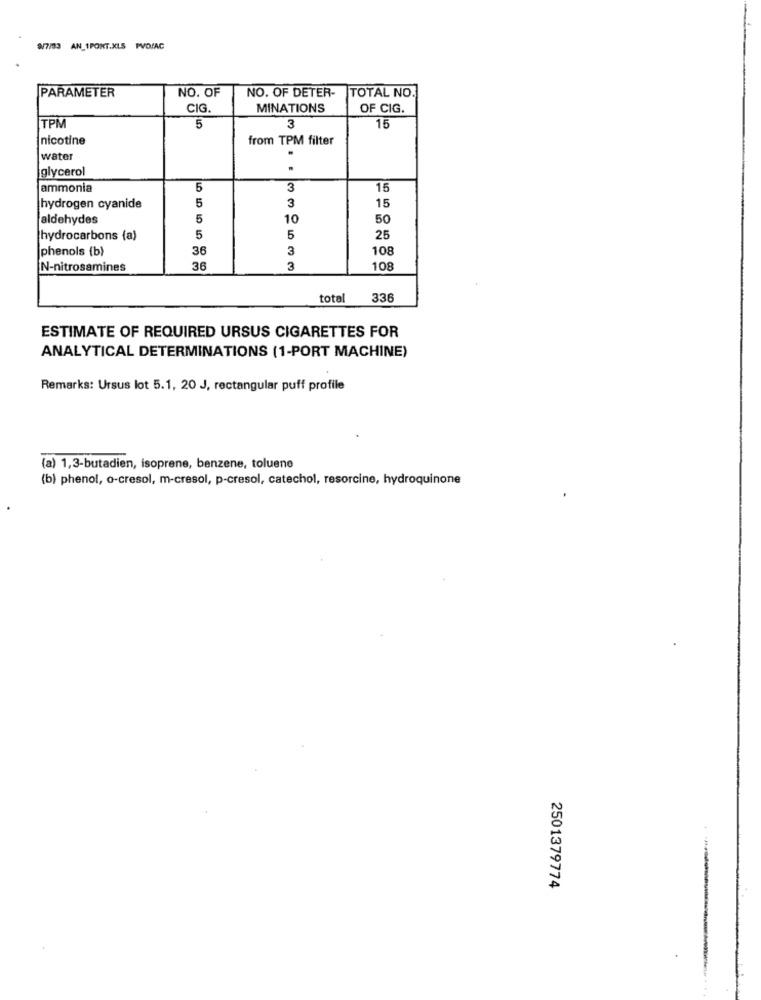
9/7/33 AN_1PONT.XLS PVOIAC
PARAMETER
NO. OF
NO. OF DETER-
TOTAL NO
CIG.
MINATIONS
OF CIG.
TPM
5
3
15
nicotine
from TPM filter
water
glycerol
.
ammonia
5
3
15
5
3
hydrogen cyanide
15
aldehydes
5
10
50
hydrocarbons (a)
5
5
25
phenols (b)
36
3
10
N-nitrosamines
36
3
108
total
336
ESTIMATE OF REQUIRED URSUS CIGARETTES FOR
ANALYTICAL DETERMINATIONS (1-PORT MACHINE)
Remarks: Ursus lot 5.1, 20 J, rectangular puff profile
(a) 1,3-butadien, isoprene, benzene, toluene
(b) phenol, o-cresol, m-cresol, p-cresol, catechol, resorcine, hydroquinone
2501379774